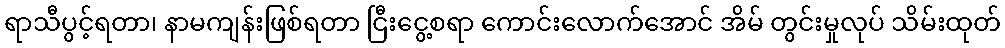
ရာသီပွင့်ရတာ၊ နာမကျန်းဖြစ်ရတာ ငြီးငွေ့စရာ ကောင်းလောက်အောင် အိမ် တွင်းမှုလုပ် သိမ်းထုတ်